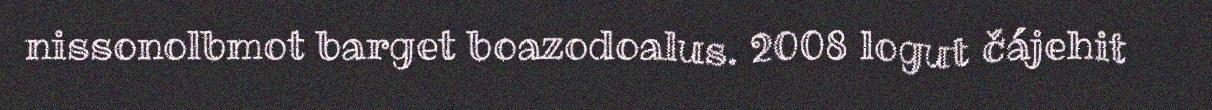
nissonolbmot barget boazodoalus. 2008 logut čájehit